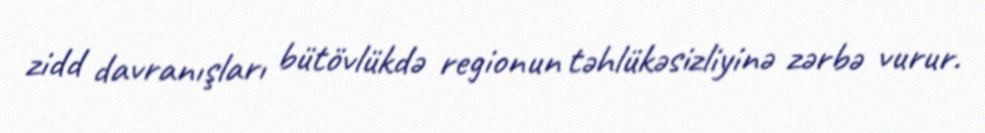
zidd davranışları bütövlükdə regionun təhlükəsizliyinə zərbə vurur.